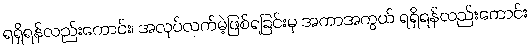
ရရှိရန်လည်းကောင်း၊ အလုပ်လက်မဲ့ဖြစ်ရခြင်းမှ အကာအကွယ် ရရှိရန်လည်းကောင်း